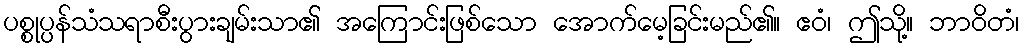
ပစ္စုပ္ပန်သံသရာစီးပွားချမ်းသာ၏ အကြောင်းဖြစ်သော အောက်မေ့ခြင်းမည်၏။ ဧဝံ၊ ဤသို့။ ဘာဝိတံ၊